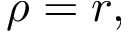
\rho = r ,